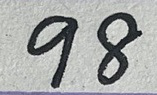
98